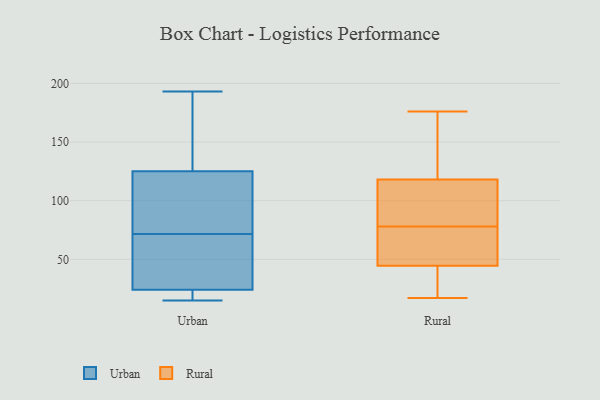
{"axis": {"x": "Net Income (USD K)", "y": "Value"}, "legend": ["Rural", "Urban"], "data": [{"x": "", "y": 93, "type": "Urban"}, {"x": "", "y": 98, "type": "Urban"}, {"x": "", "y": 53, "type": "Urban"}, {"x": "", "y": 18, "type": "Urban"}, {"x": "", "y": 90, "type": "Urban"}, {"x": "", "y": 193, "type": "Urban"}, {"x": "", "y": 152, "type": "Urban"}, {"x": "", "y": 36, "type": "Urban"}, {"x": "", "y": 23, "type": "Urban"}, {"x": "", "y": 164, "type": "Urban"}, {"x": "", "y": 15, "type": "Urban"}, {"x": "", "y": 25, "type": "Urban"}, {"x": "", "y": 142, "type": "Rural"}, {"x": "", "y": 94, "type": "Rural"}, {"x": "", "y": 119, "type": "Rural"}, {"x": "", "y": 56, "type": "Rural"}, {"x": "", "y": 52, "type": "Rural"}, {"x": "", "y": 24, "type": "Rural"}, {"x": "", "y": 42, "type": "Rural"}, {"x": "", "y": 115, "type": "Rural"}, {"x": "", "y": 75, "type": "Rural"}, {"x": "", "y": 17, "type": "Rural"}, {"x": "", "y": 111, "type": "Rural"}, {"x": "", "y": 78, "type": "Rural"}, {"x": "", "y": 136, "type": "Rural"}, {"x": "", "y": 26, "type": "Rural"}, {"x": "", "y": 176, "type": "Rural"}]}